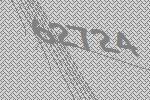
62724